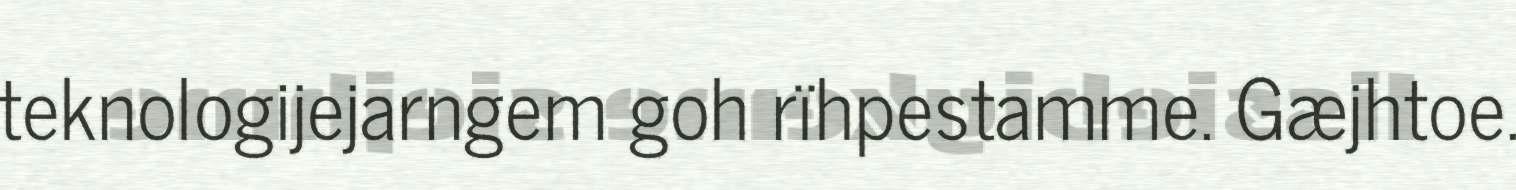
teknologijejarngem goh rïhpestamme. Gæjhtoe.